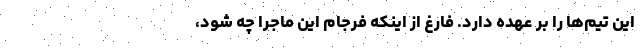
این تیم‌ها را بر عهده دارد. فارغ از اینکه فرجام این ماجرا چه شود،